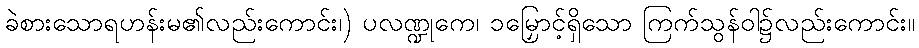
ခဲစားသောရဟန်းမ၏လည်းကောင်း၊) ပလဏ္ဍုကေ၊ ၁မြှောင့်ရှိသော ကြက်သွန်ဝါ၌လည်းကောင်း။